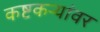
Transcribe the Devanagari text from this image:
कष्टकऱ्यांवर